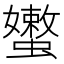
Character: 𰳣